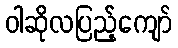
ဝါဆိုလပြည့်ကျော်